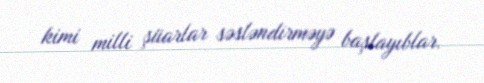
kimi milli şüarlar səsləndirməyə başlayıblar.